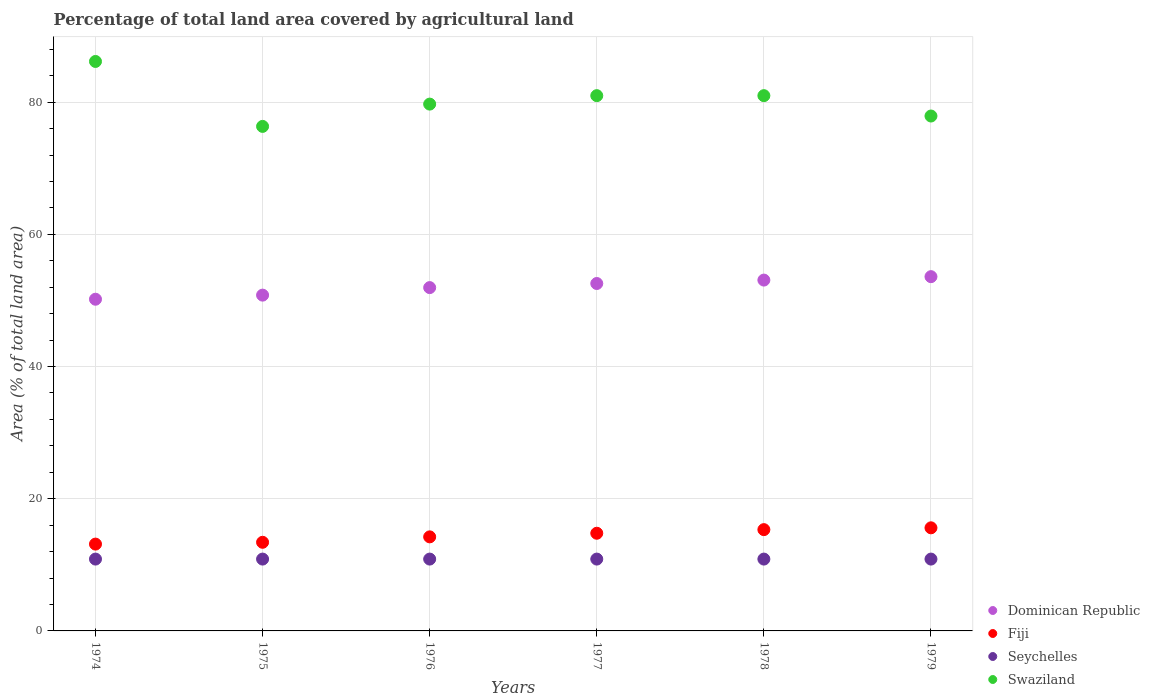
| Years | Dominican Republic | Fiji | Seychelles | Swaziland |
 | --- | --- | --- | --- | --- |
 | 1974 | 50.2 | 13.1 | 10.9 | 86.2 |
 | 1975 | 50.8 | 13.4 | 10.9 | 76.3 |
 | 1976 | 51.9 | 14.2 | 10.9 | 79.7 |
 | 1977 | 52.6 | 14.8 | 10.9 | 81 |
 | 1978 | 53.1 | 15.3 | 10.9 | 81 |
 | 1979 | 53.6 | 15.6 | 10.9 | 77.9 |